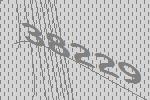
38229